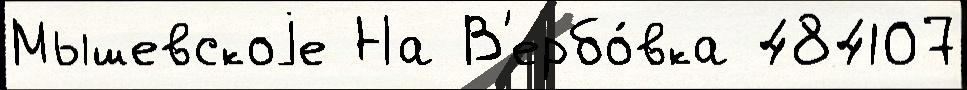
Мышевскоjе На В'ербо́вка 484107